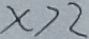
x > 2